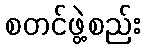
စတင်ဖွဲ့စည်း